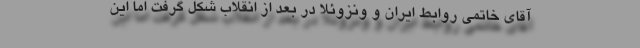
آقای خاتمی روابط ایران و ونزوئلا در بعد از انقلاب شکل گرفت اما این